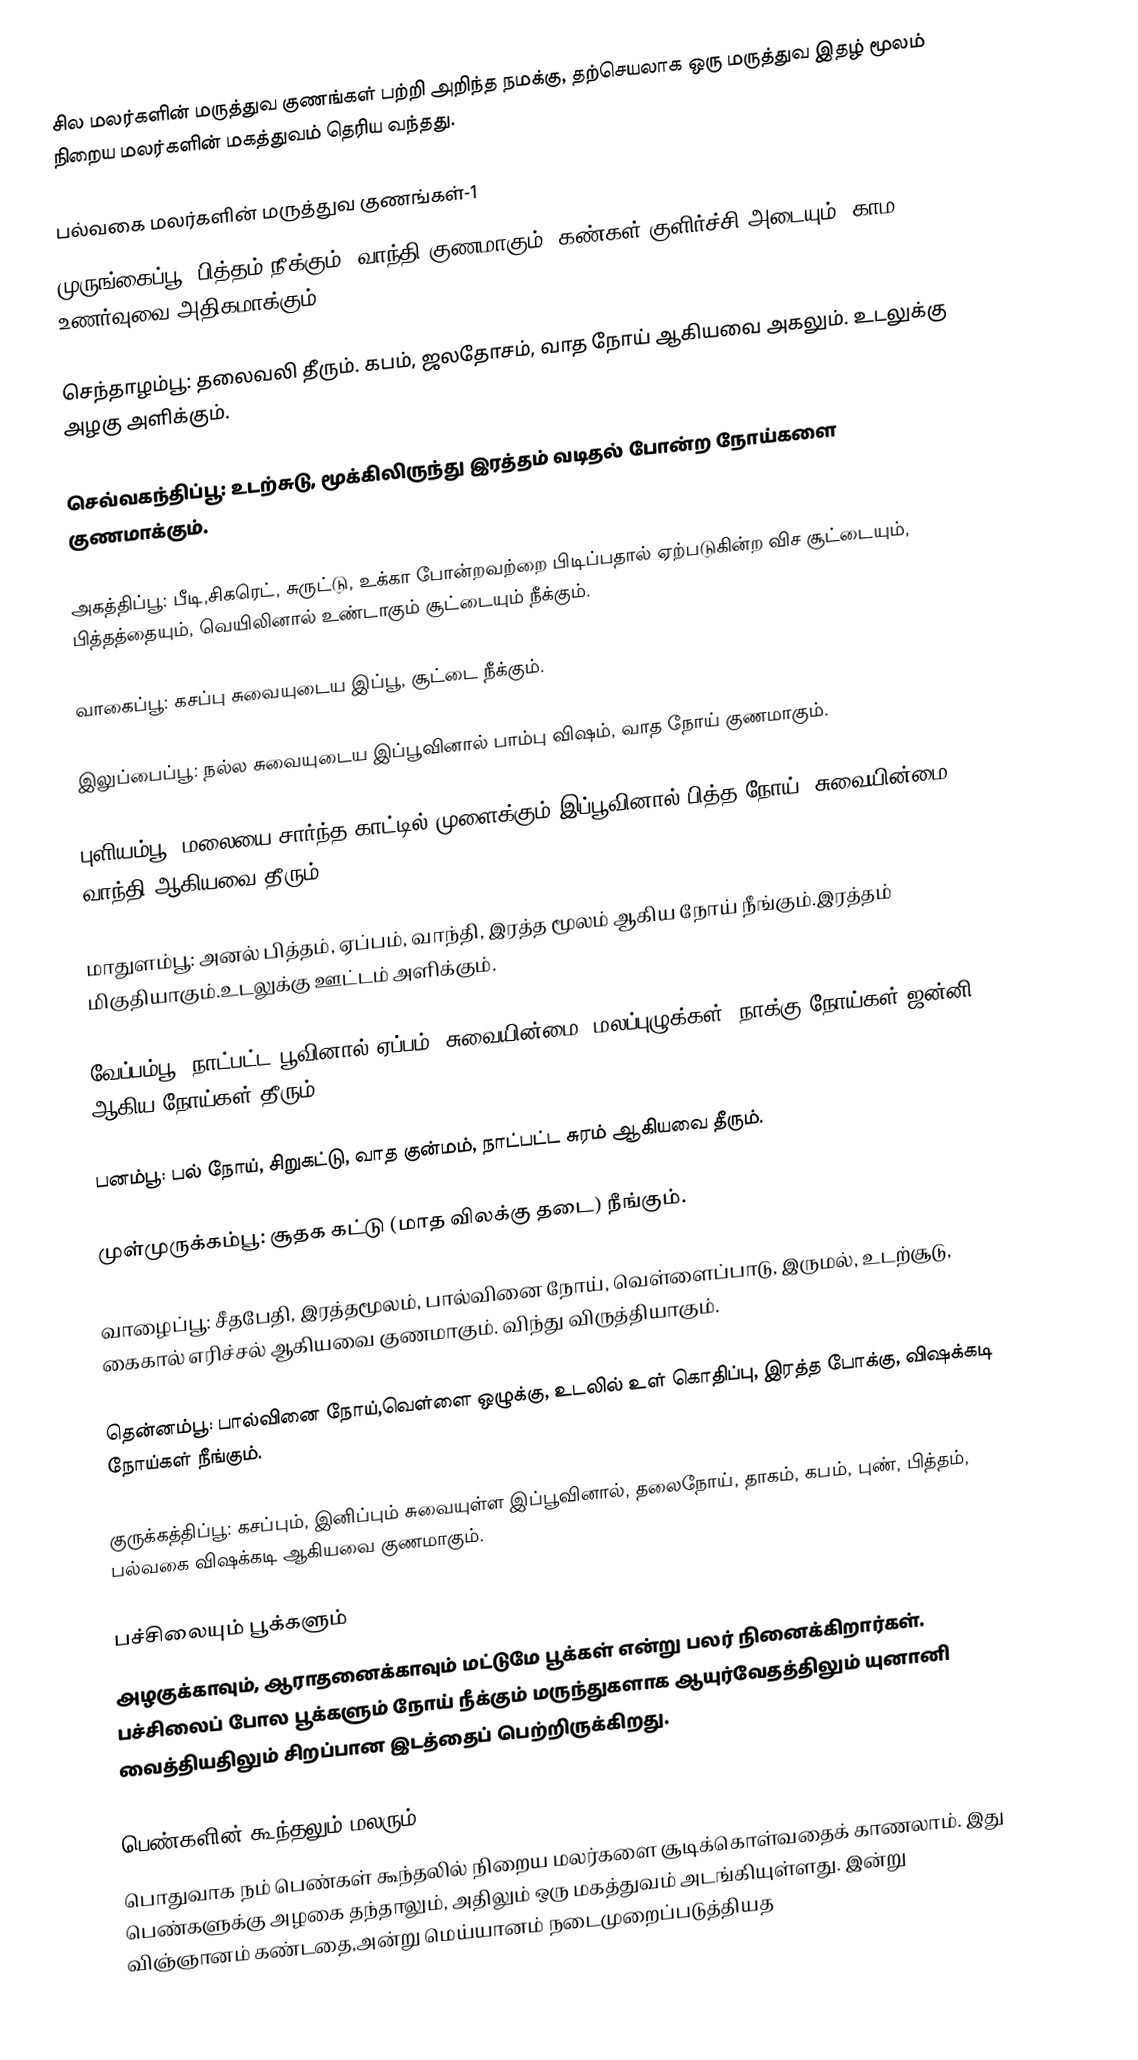
சில மலர்களின் மருத்துவ குணங்கள் பற்றி அறிந்த நமக்கு, தற்செயலாக ஒரு மருத்துவ இதழ் மூலம் நிறைய மலர்களின் மகத்துவம் தெரிய வந்தது.

பல்வகை மலர்களின் மருத்துவ குணங்கள்-1
முருங்கைப்பூ: பித்தம் நீக்கும். வாந்தி குணமாகும். கண்கள் குளிர்ச்சி அடையும். காம உணர்வுவை அதிகமாக்கும்.

செந்தாழம்பூ: தலைவலி தீரும். கபம், ஜலதோசம், வாத நோய் ஆகியவை அகலும். உடலுக்கு அழகு அளிக்கும்.

செவ்வகந்திப்பூ: உடற்சுடு, மூக்கிலிருந்து இரத்தம் வடிதல் போன்ற நோய்களை குணமாக்கும்.

அகத்திப்பூ: பீடி,சிகரெட், சுருட்டு, உக்கா போன்றவற்றை பிடிப்பதால் ஏற்படுகின்ற விச சூட்டையும், பித்தத்தையும், வெயிலினால் உண்டாகும் சூட்டையும் நீக்கும்.

வாகைப்பூ: கசப்பு சுவையுடைய இப்பூ, சூட்டை நீக்கும்.

இலுப்பைப்பூ: நல்ல சுவையுடைய இப்பூவினால் பாம்பு விஷம், வாத நோய் குணமாகும்.

புளியம்பூ: மலையை சார்ந்த காட்டில் முளைக்கும் இப்பூவினால் பித்த நோய், சுவையின்மை வாந்தி ஆகியவை தீரும்.

மாதுளம்பூ: அனல் பித்தம், ஏப்பம், வாந்தி, இரத்த மூலம் ஆகிய நோய் நீங்கும்.இரத்தம் மிகுதியாகும்.உடலுக்கு ஊட்டம் அளிக்கும்.

வேப்பம்பூ: நாட்பட்ட பூவினால் ஏப்பம், சுவையின்மை, மலப்புழுக்கள், நாக்கு நோய்கள் ஜன்னி ஆகிய நோய்கள் தீரும்.

பனம்பூ: பல் நோய், சிறுகட்டு, வாத குன்மம், நாட்பட்ட சுரம் ஆகியவை தீரும்.

முள்முருக்கம்பூ: சூதக கட்டு (மாத விலக்கு தடை) நீங்கும்.

வாழைப்பூ: சீதபேதி, இரத்தமூலம், பால்வினை நோய், வெள்ளைப்பாடு, இருமல், உடற்சூடு, கைகால் எரிச்சல் ஆகியவை குணமாகும். விந்து விருத்தியாகும்.

தென்னம்பூ: பால்வினை நோய்,வெள்ளை ஒழுக்கு, உடலில் உள் கொதிப்பு, இரத்த போக்கு, விஷக்கடி நோய்கள் நீங்கும்.

குருக்கத்திப்பூ: கசப்பும், இனிப்பும் சுவையுள்ள இப்பூவினால், தலைநோய், தாகம், கபம், புண், பித்தம், பல்வகை விஷக்கடி ஆகியவை குணமாகும்.

பச்சிலையும் பூக்களும்
அழகுக்காவும், ஆராதனைக்காவும் மட்டுமே பூக்கள் என்று பலர் நினைக்கிறார்கள். பச்சிலைப் போல பூக்களும் நோய் நீக்கும் மருந்துகளாக ஆயுர்வேதத்திலும் யுனானி வைத்தியதிலும் சிறப்பான இடத்தைப் பெற்றிருக்கிறது.

பெண்களின் கூந்தலும் மலரும்
பொதுவாக நம் பெண்கள் கூந்தலில் நிறைய மலர்களை சூடிக்கொள்வதைக் காணலாம். இது பெண்களுக்கு அழகை தந்தாலும், அதிலும் ஒரு மகத்துவம் அடங்கியுள்ளது. இன்று விஞ்ஞானம் கண்டதை,அன்று மெய்யானம் நடைமுறைப்படுத்தியத